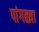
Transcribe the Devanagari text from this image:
पांगळ्या